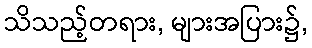
သိသည့်တရား, များအပြား၌,